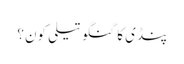
پنڈی کا گنگو تیلی کون؟